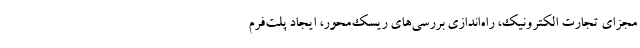
مجزای تجارت الکترونیک، راه‌اندازی بررسی‌های ریسک‌محور، ایجاد پلت‌فرم